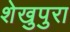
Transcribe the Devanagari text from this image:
शेखुपुरा